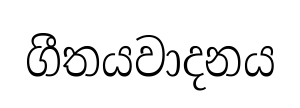
ගීතයවාදනය